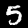
Digit: 5